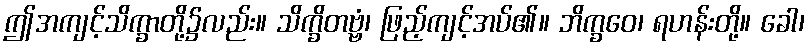
ဤအကျင့်သိက္ခာတို့၌လည်း။ သိက္ခိတဗ္ဗံ၊ ဖြည့်ကျင့်အပ်၏။ ဘိက္ခဝေ၊ ရဟန်းတို့။ ခေါ၊